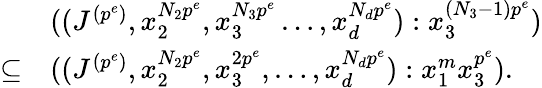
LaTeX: \begin{array}{ll}&{((J^{(p^{e})},x_{2}^{N_{2}p^{e}},x_{3}^{N_{3}p^{e}}\ldots,x_{d}^{N_{d}p^{e}}):x_{3}^{(N_{3}-1)p^{e}})}\\ {\subseteq}&{((J^{(p^{e})},x_{2}^{N_{2}p^{e}},x_{3}^{2p^{e}},\ldots,x_{d}^{N_{d}p^{e}}):x_{1}^{m}x_{3}^{p^{e}}).}\end{array}